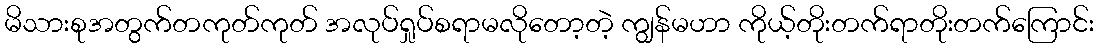
မိသားစုအတွက်တကုတ်ကုတ် အလုပ်ရှုပ်စရာမလိုတော့တဲ့ ကျွန်မဟာ ကိုယ့်တိုးတက်ရာတိုးတက်ကြောင်း